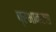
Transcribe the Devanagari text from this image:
प्रभाकरचा